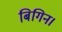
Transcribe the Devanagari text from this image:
बिगिन।